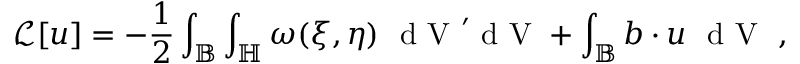
\mathcal { L } [ \boldsymbol { u } ] = - \frac { 1 } { 2 } \int _ { \mathbb { B } } \int _ { \mathbb { H } } \omega ( \boldsymbol { \xi } , \boldsymbol { \eta } ) \ \textup { d V } ^ { \prime } \textup { d V } + \int _ { \mathbb { B } } \boldsymbol { b } \cdot \boldsymbol { u } \ \textup { d V } \ ,